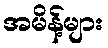
အမိန့်များ